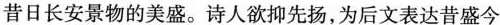
写出了昔日长安景物的美盛。诗人欲抑先扬，为后文表达昔盛今